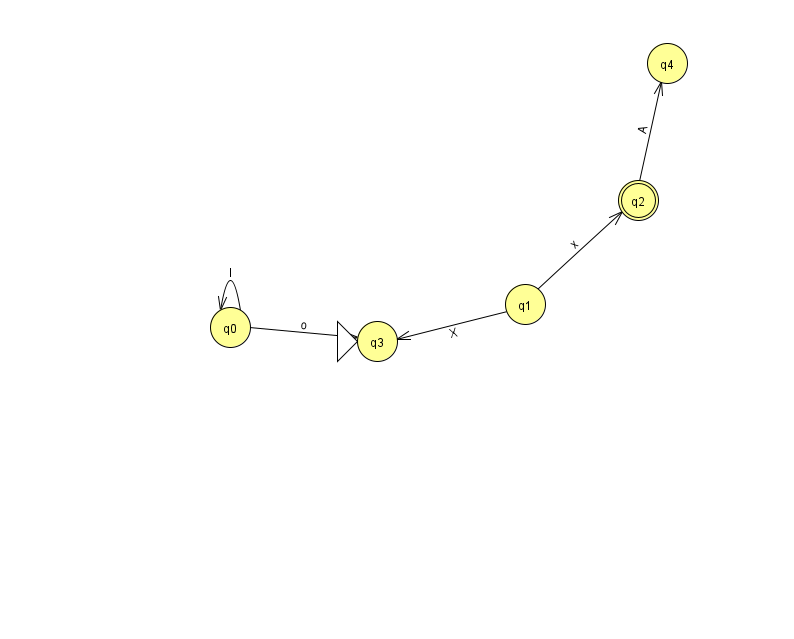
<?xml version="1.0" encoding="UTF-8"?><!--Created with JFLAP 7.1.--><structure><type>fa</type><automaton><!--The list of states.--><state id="0" name="q0"><x>230.0</x><y>314.0</y></state><state id="1" name="q1"><x>525.0</x><y>291.0</y></state><state id="2" name="q2"><x>638.0</x><y>187.0</y><final/></state><state id="3" name="q3"><x>377.0</x><y>328.0</y><initial/></state><state id="4" name="q4"><x>667.0</x><y>50.0</y></state><!--The list of transitions.--><transition><from>2</from><to>4</to><read>A</read></transition><transition><from>1</from><to>3</to><read>X</read></transition><transition><from>0</from><to>0</to><read>I</read></transition><transition><from>0</from><to>3</to><read>o</read></transition><transition><from>1</from><to>2</to><read>x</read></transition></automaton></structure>